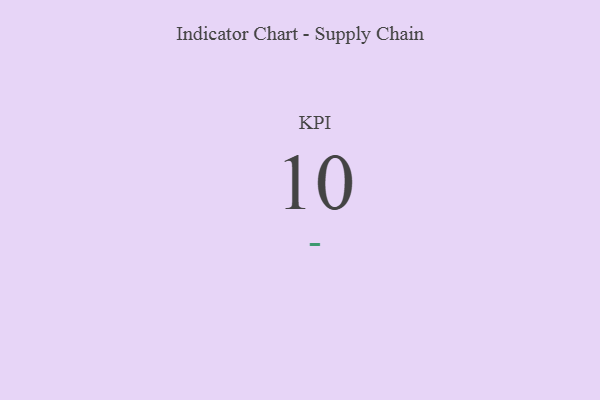
{"axis": {"x": "KPI", "y": "Value"}, "legend": [""], "data": [{"x": "KPI", "y": 10, "type": ""}]}